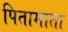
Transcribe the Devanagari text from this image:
पितामाता